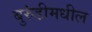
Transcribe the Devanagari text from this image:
बुरुंडीमधील